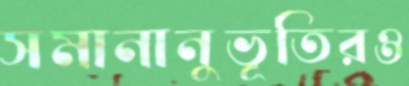
সমানানুভূতিরও